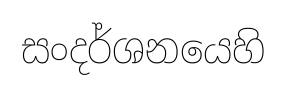
සංදර්ශනයෙහි